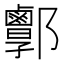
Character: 𨟣